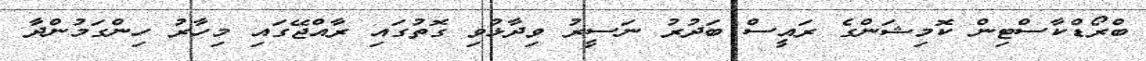
ބްރޯޑްކާސްޓިން ކޮމިޝަންގެ ރައީސް ބަދުރު ނަސީރު ވިދާޅުވި ގޮތުގައި ރާއްޖޭގައި މިހާރު ހިންގަމުންދާ